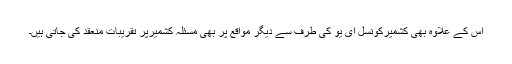
اس کے علاوہ بھی کشمیرکونسل ای یو کی طرف سے دیگر مواقع پر بھی مسئلہ کشمیرپر تقریبات منعقد کی جاتی ہیں۔